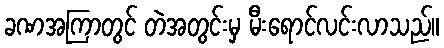
ခဏအကြာတွင် တဲအတွင်းမှ မီးရောင်လင်းလာသည်။